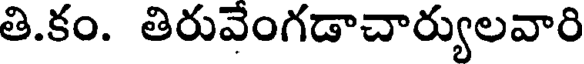
తి.కం. తిరువేంగడాచార్యులవారి